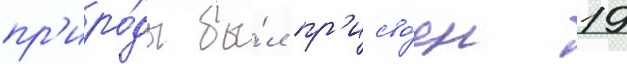
пр'иро́ды бы́л пр'исво́ен 19